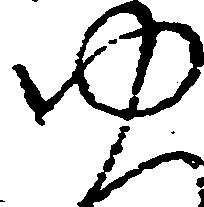
ゆ